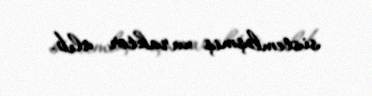
sistemləşmiş xarakter alıb.